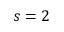
s = 2